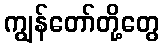
ကျွန်တော်တို့တွေ